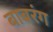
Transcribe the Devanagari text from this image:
बाबरंग